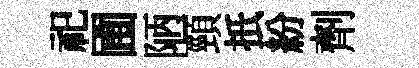
祀圃陋頸扺紛劑